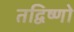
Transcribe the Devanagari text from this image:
तद्विष्णो